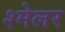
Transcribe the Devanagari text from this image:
श्मेलर